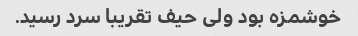
خوشمزه بود ولی حیف تقریبا سرد رسید.